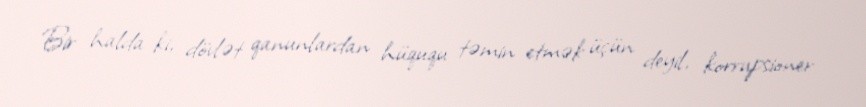
Bir halda ki, dövlət qanunlardan hüququ təmin etmək üçün deyil, korrupsioner